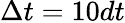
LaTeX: \Delta t=10dt